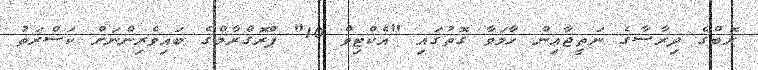
ރޮބްގެ ދިރާސާގެ ނަތީޖާއިން ހާމަވާ ގޮތުގައި "އެކްޓިވް 10" ޕްރޮގްރާމްގެ ބައިވެރިންނަށް ކަސްރަތު